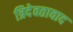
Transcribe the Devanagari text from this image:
त्रिदेवतावाद